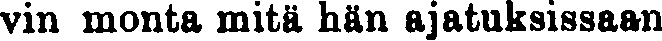
vin monta mitä hän ajatuksissaan